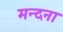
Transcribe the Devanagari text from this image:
मन्दना